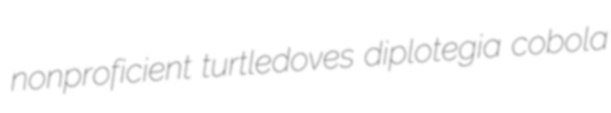
nonproficient turtledoves diplotegia cobola